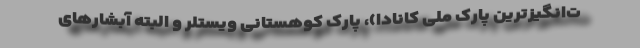
ت‌انگیزترین پارک ملی کانادا)، پارک کوهستانی ویستلر و البته آبشارهای